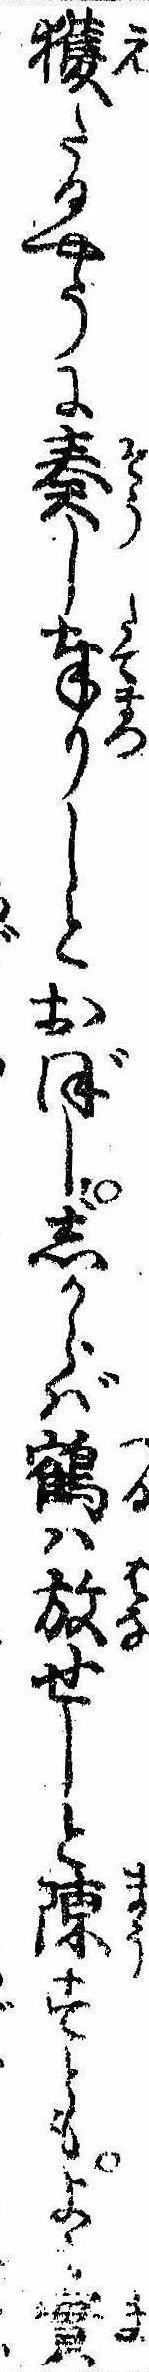
獲たるやうに奏し奉りしとおぼししからば鶴は放せしと陳すともよも実